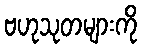
ဗဟုသုတများကို